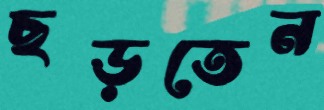
ছড়তেন